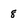
Character: 8